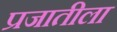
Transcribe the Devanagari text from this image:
प्रजातीला